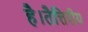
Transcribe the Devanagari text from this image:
है।तैत्तिरीय